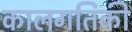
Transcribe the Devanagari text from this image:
कालगतिकी